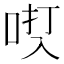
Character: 𫩿